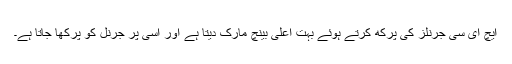
ایچ ای سی جرنلز کی پرکھ کرتے ہوئے بہت اعلیٰ بینچ مارک دیتا ہے اور اُسی پر جرنل کو پرکھا جاتا ہے۔